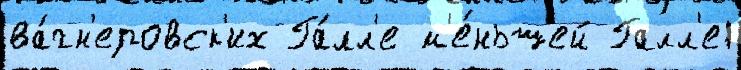
ва́гн'еровск'их Га́лл'е м'е́ньшей Галл'е1